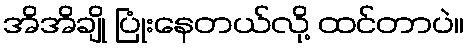
အိအိချို ပြုံးနေတယ်လို့ ထင်တာပဲ။